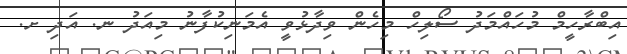
އިބްރާހީމް މުހައްމަދު ސޯލިހް މިހެން ވިދާޅުވީ އެމަނިކުފާނު މިއަދު ނ. އަދި ށ.